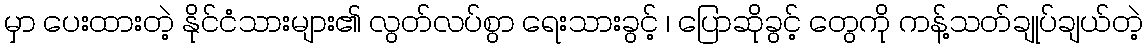
မှာ ပေးထားတဲ့ နိုင်ငံသားများ၏ လွတ်လပ်စွာ ရေးသားခွင့် ၊ ပြောဆိုခွင့် တွေကို ကန့်သတ်ချုပ်ချယ်တဲ့